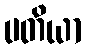
ပတိယာ